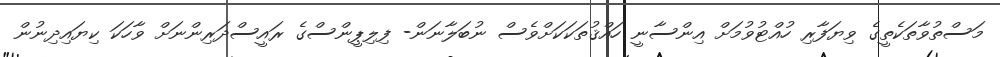
މަސްތުވާތަކެތީގެ ވިޔަފާރި ހުއްޓުވުމަށް އިންސާނީ ހައްޤުތަކަކަށްވެސް ނުބަލާނަން- ފިލިޕީންސްގެ ރައީސްދަރިންނަށް ވާހަކަ ކިޔައިދިނުން